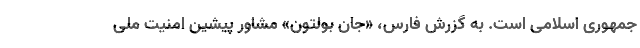
جمهوری اسلامی است. به گزرش فارس، «جان بولتون» مشاور پیشین امنیت ملی